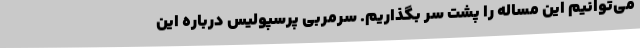
می‌توانیم این مساله را پشت سر بگذاریم. سرمربی پرسپولیس درباره این